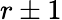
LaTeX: r\pm 1